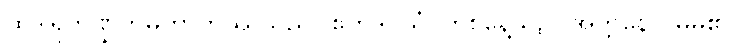
ထိုဒါရုဘဏ္ဍကမဟာတိဿသည်။ ဧကဒိဝသံ၊ တစ်နေ့သ၌။ အတ္တနော၊ မိမိ၏။